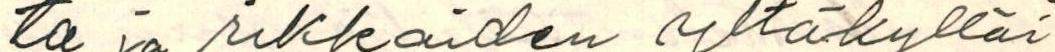
ta ja rikkaiden yltäkylläi